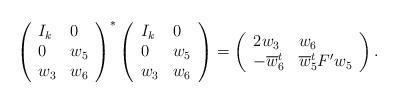
LaTeX: \begin{align*}\left(\begin{array}{lll}I_k & 0\\0 & w_5\\w_3 & w_6\end{array}\right)^*\left(\begin{array}{lll}I_k & 0\\0 & w_5\\w_3 & w_6\end{array}\right)=\left(\begin{array}{lll}2w_3 & w_6\\-\overline w_6^t & \overline w_5^t F' w_5\end{array}\right).\end{align*}